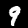
Digit: 9